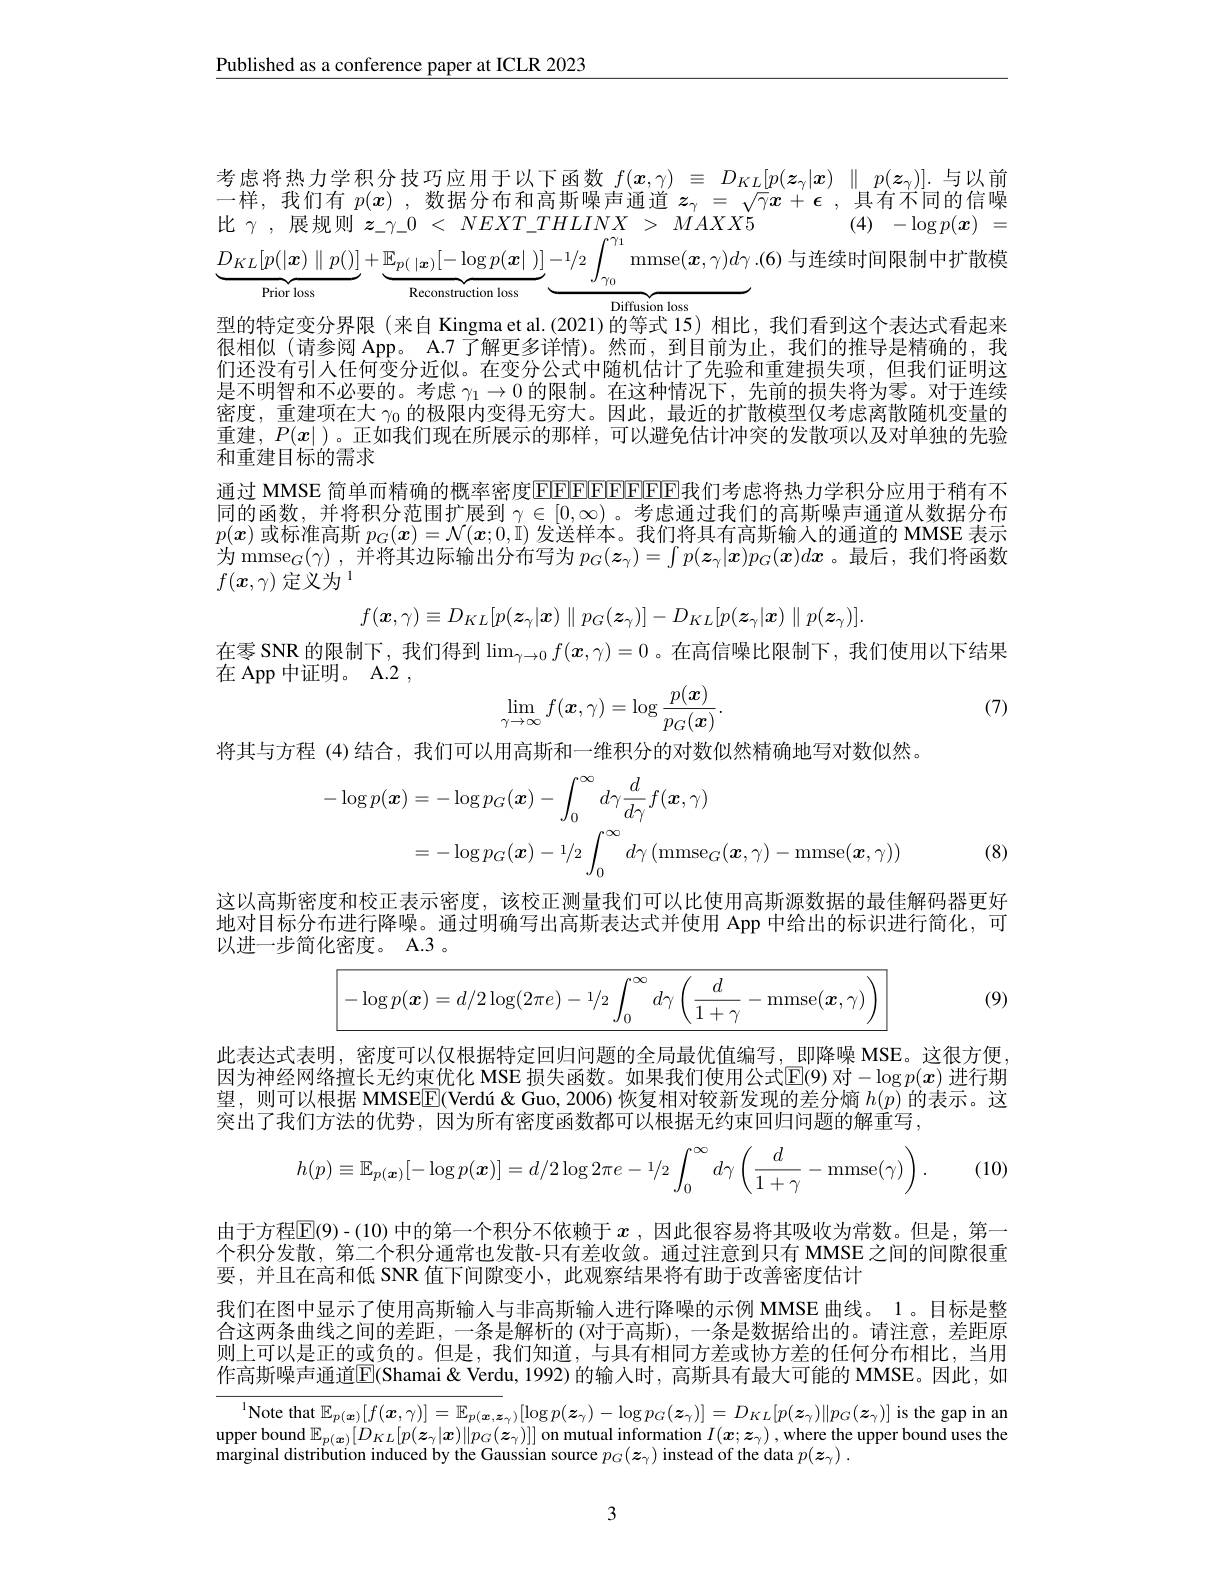
$\underline{\text{Published as a conference paper at ICLR 2023}}$

考虑将热力学积分技巧应用于以下函数$f(\boldsymbol{x},\gamma)\equiv D_{KL}[p(\boldsymbol{z}_\gamma|\boldsymbol{x})\parallel p(\boldsymbol{z}_\gamma)]$.与以前$\begin{array}{rcl}{\text{一样，我们有 }p(x)\mathrm{~,~}\text{数据分布和高斯噪声通道}}&{z_{\gamma}=\sqrt{\gamma}x+\epsilon\mathrm{~,~其有不同的信噪}}\\{\text{比 }\gamma\mathrm{~,~展规则~}z_{-\gamma\_0~<~NEXT\_THLINX~>~MAXX5}}&{(4)\mathrm{~-log}p(x)=}\end{array}$ $\underbrace{D_{KL}[p(|\boldsymbol{x})\parallel p()]}_{\text{Priov loss}}+\underbrace{\mathbb{E}_{p(|\boldsymbol{x})}[-\log p(\boldsymbol{x}|)]}_{\text{Reconstruction loss}}\underbrace{-1/2\int_{\gamma_0}\mathrm{mmse}(\boldsymbol{x},\gamma)d\gamma}_{.(6)\text{ 与连续时间限制中扩散枪}}$
${\overline{{\mathrm{Diffusion~loss}}}}$
型的特定变分界限(来自 Kingma et al.(2021)的等式 15) 相比，我们看到这个表达式看起来很相似(请参阅 App。A.7 了解更多详情)。然而，到目前为止，我们的推导是精确的，我们还没有引人任何变分近似。在变分公式中随机估计了先验和重建损失项，但我们证明这是不明智和不必要的。考虑$\gamma_1\to0$的限制。在这种情况下，先前的损失将为零。对于连续密度，重建项在大$\gamma_{0}$的极限内变得无穷大。因此，最近的扩散模型仅考虑离散随机变量的重建，$P(x|$ )。正如我们现在所展示的那样，可以避免估计冲突的发散项以及对单独的先验和重建目标的需求
通过 MMSE 简单而精确的概率密度$\operatorname{FFFFFFFFFFF}$我们考虑将热力学积分应用于稍有不同的函数，并将积分范围扩展到$\gamma\in[0,\infty)$ 。考虑通过我们的高斯噪声通道从数据分布$p(\boldsymbol{x})$或标准高斯$p_G(\boldsymbol{x})=\mathcal{N}(\boldsymbol{x};0,\bar{1})$发送样本。我们将具有高斯输入的通道的 MMSE 表示为 mmse$_G(\gamma)$ ,并将其边际输出分布写为$p_G(\boldsymbol{z}_\gamma)=\int p(\boldsymbol{z}_\gamma|\boldsymbol{x})p_G(\boldsymbol{x})dx$ 。最后，我们将函数$f(\boldsymbol{x},\gamma)\text{ 定义为 }^1$
$$f(\boldsymbol{x},\gamma)\equiv D_{KL}[p(\boldsymbol{z}_{\gamma}|\boldsymbol{x})\parallel p_{G}(\boldsymbol{z}_{\gamma})]-D_{KL}[p(\boldsymbol{z}_{\gamma}|\boldsymbol{x})\parallel p(\boldsymbol{z}_{\gamma})].$$
在零 SNR 的限制下，我们得到$\lim_\gamma\to0f(\boldsymbol{x},\gamma)=0$ 。在高信噪比限制下，我们使用以下结果

在 App 中证明。A.2 ,
$$\lim_{\gamma\to\infty}f(\boldsymbol{x},\gamma)=\log\frac{p(\boldsymbol{x})}{p_G(\boldsymbol{x})}.$$
(7)

将其与方程 (4) 结合，我们可以用高斯和一维积分的对数似然精确地写对数似然。
$$\begin{aligned}-\log p(\boldsymbol{x})&=-\log p_{G}(\boldsymbol{x})-\int_{0}^{\infty}d\gamma\frac{d}{d\gamma}f(\boldsymbol{x},\gamma)\\&=-\log p_{G}(\boldsymbol{x})-1/2\int_{0}^{\infty}d\gamma\left(\mathrm{mmse}_{G}(\boldsymbol{x},\gamma)-\mathrm{mmse}(\boldsymbol{x},\gamma)\right)\end{aligned}$$
(8)

这以高斯密度和校正表示密度，该校正测量我们可以比使用高斯源数据的最佳解码器更好地对目标分布进行降噪。通过明确写出高斯表达式并使用 App 中给出的标识进行简化，可以进一步简化密度。A.3 。

(9)
$$\boxed{-\log p(\boldsymbol{x})=d/2\log(2\pi e)-1/2\int_0^\infty d\gamma\left(\frac{d}{1+\gamma}-\mathrm{mmse}(\boldsymbol{x},\gamma)\right)}$$
此表达式表明，密度可以仅根据特定回归问题的全局最优值编写，即降噪 MSE。这很方便， 因为神经网络擅长无约束优化 MSE 损失函数。如果我们使用公式$\mathbb{E}(9)$ 对$-\log p(x)$ 进行期望，则可以根据 MMSE$\boxed{\mathrm{F} }( \text{Verd\'{u} " " }\&$ Guo, 2006) 恢复相对较新发现的差分熵$h(p)$的表示。这突出了我们方法的优势，因为所有密度函数都可以根据无约束回归问题的解重写，

(10)
$$h(p)\equiv\mathbb{E}_{p(\boldsymbol{x})}[-\log p(\boldsymbol{x})]=d/2\log2\pi e-1/2\int_0^\infty d\gamma\left(\frac{d}{1+\gamma}-\mathrm{mmse}(\gamma)\right).$$
由于方程$\overline{\mathbb{E}}(9)$-(10)中的第一个积分不依赖于 $x$ ,因此很容易将其吸收为常数。但是，第一个积分发散，第二个积分通常也发散-只有差收敛。通过注意到只有 MMSE 之间的间隙很重要，并且在高和低 SNR 值下间隙变小，此观察结果将有助于改善密度估计
我们在图中显示了使用高斯输人与非高斯输入进行降噪的示例 MMSE 曲线。1 。目标是整合这两条曲线之间的差距，一条是解析的 (对于高斯),一条是数据给出的。请注意，差距原则上可以是正的或负的。但是，我们知道，与具有相同方差或协方差的任何分布相比，当用作高斯噪声通道$\overline{\mathrm{E}}($Shamai & Verdu, 1992) 的输人时，高斯具有最大可能的 MMSE。因此，如

$^{1}$Note that $\mathbb{E}_p(\boldsymbol{x})[f(\boldsymbol{x},\gamma)]=\mathbb{E}_{p(\boldsymbol{x},\boldsymbol{z}_\gamma)}[\log p(\boldsymbol{z}_\gamma)-\log p_G(\boldsymbol{z}_\gamma)]=D_{KL}[p(\boldsymbol{z}_\gamma)\|p_G(\boldsymbol{z}_\gamma)]$ is the gap in an upper bound $\mathbb{E}_{p(\boldsymbol{x})}[D_{KL}[p(\boldsymbol{z}_{\gamma}|\boldsymbol{x})\|p_{G}(\boldsymbol{z}_{\gamma})]]$ on mutual information $I(\boldsymbol{x};\boldsymbol{z}_{\gamma})$,where the upper bound uses the marginal distribution induced by the Gaussian source $p_G(\boldsymbol{z}_\gamma)$ instead of the data $p(\boldsymbol{z}_\gamma).$

3